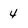
Character: 4